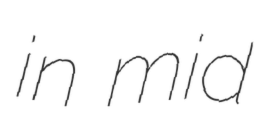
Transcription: in mid